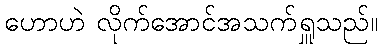
ဟောဟဲ လိုက်အောင်အသက်ရှူသည်။